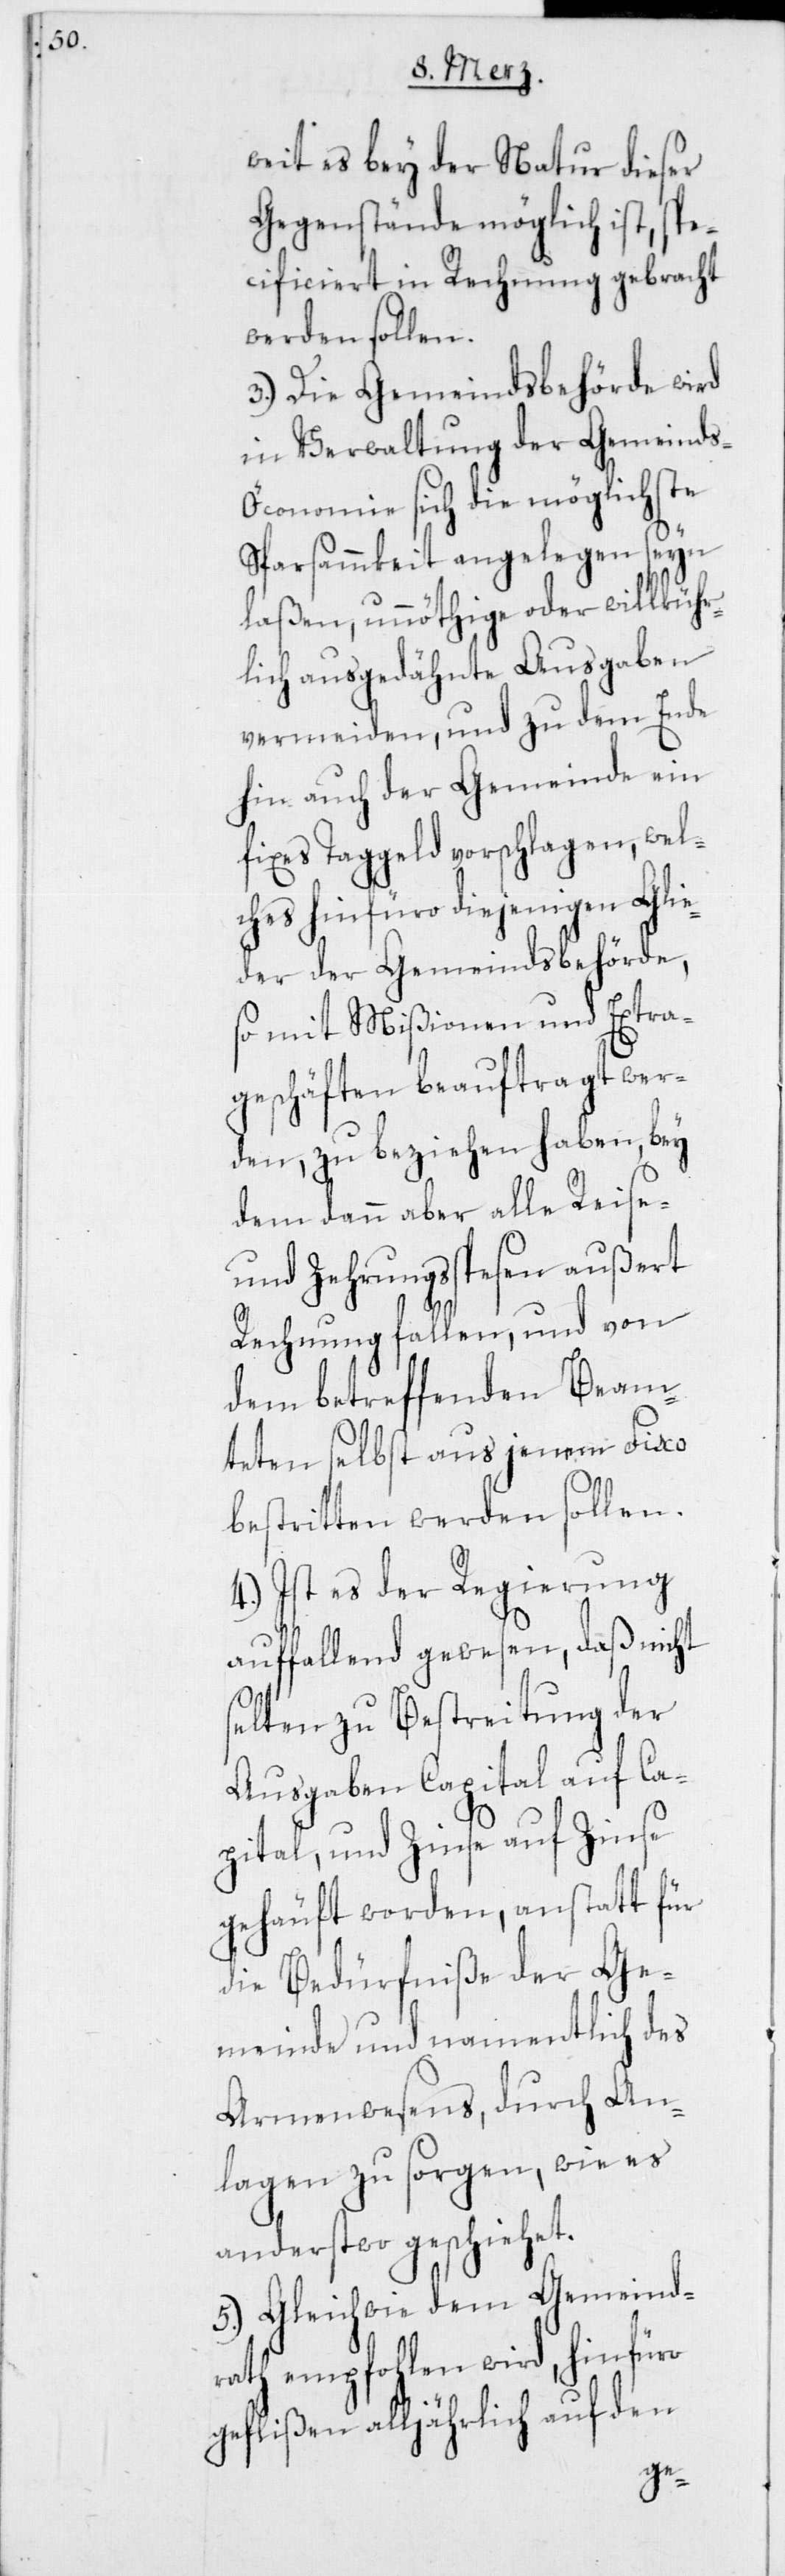
weit es bey der Natur dieser
Gegenstände möglich ist, spe¬
cificiert in Rechnung gebracht
werden sollen.
3.) Die Gemeindsbehörde wird
in Verwaltung der Gemeind¬
conomie sich die möglichste
Sparsammkeit angelegen seyn
laßen, unnöthige oder willküh¬
rlich ausgedähnte Ausgaben
vermeiden, und zu dem Ende
hin auch der Gemeinde ein
fixes Taggeld vorschlagen, wel¬
ches hinfüro diejenigen Glie¬
der der Gemeindsbehörde,
so mit Mißionen und Extra¬
geschäften beauftragt wer¬
den, zu beziehen haben, bey
dem dann aber alle Reise-
und Zehrungsspesen außert
Rechnung fallen, und von
dem betreffenden Beam¬
teten selbst aus jenem Fixo
bestritten werden sollen.
4.) Ist es der Regierung
auffallend gewesen, daß nicht
selten zu Bestreitung der
Ausgaben Capital auf Ca¬
pital, und Zinse auf Zinse
gehäuft worden, anstatt für
die Bedürfniße der Ge¬
meinde und namentlich des
Armenwesens, durch An¬
lagen zu sorgen, wie es
anderstwo geschiehet.
5.) Gleichwie dem Gemeind¬
rath empfohlen wird, hinfüro
geflißen alljährlich auf den
s-Ö¬